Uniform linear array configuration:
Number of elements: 24
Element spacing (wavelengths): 0.75
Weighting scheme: kaiser
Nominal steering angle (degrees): -45
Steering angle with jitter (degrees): -44.231
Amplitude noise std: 0.05
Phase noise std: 0.05

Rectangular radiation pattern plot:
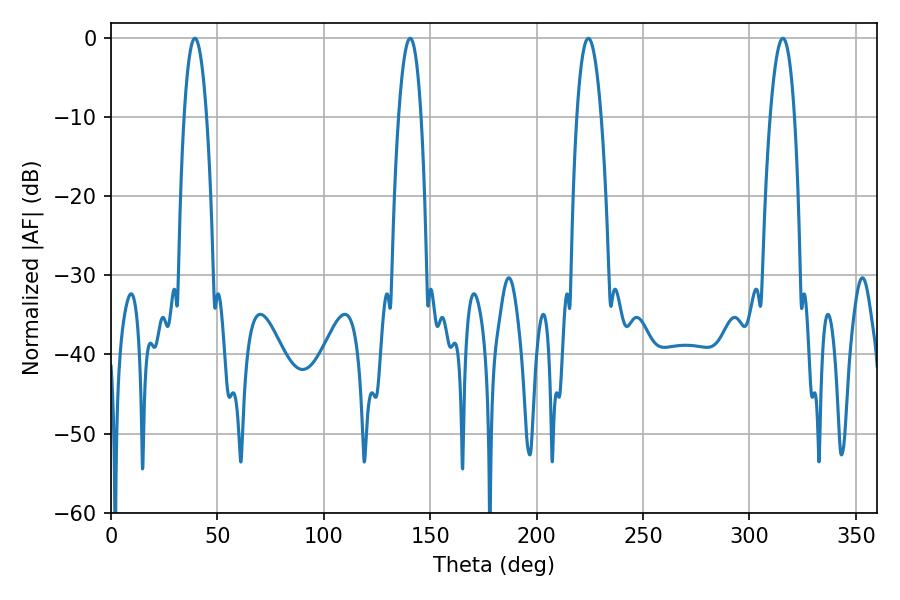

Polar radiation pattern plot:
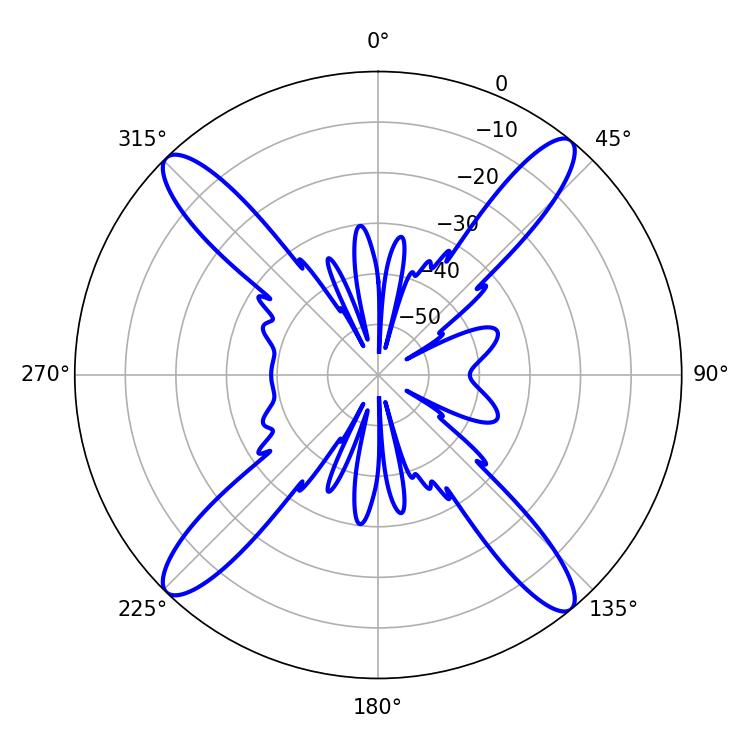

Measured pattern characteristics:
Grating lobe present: TRUE
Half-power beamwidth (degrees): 5.94
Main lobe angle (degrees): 39.42